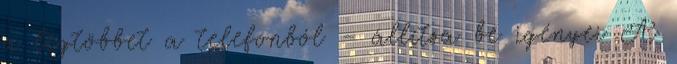
a legtöbbet a telefonból – állítsa be igényei A